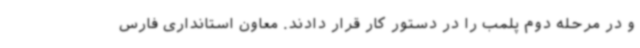
و در مرحله دوم پلمب را در دستور کار قرار دادند. معاون استانداری فارس